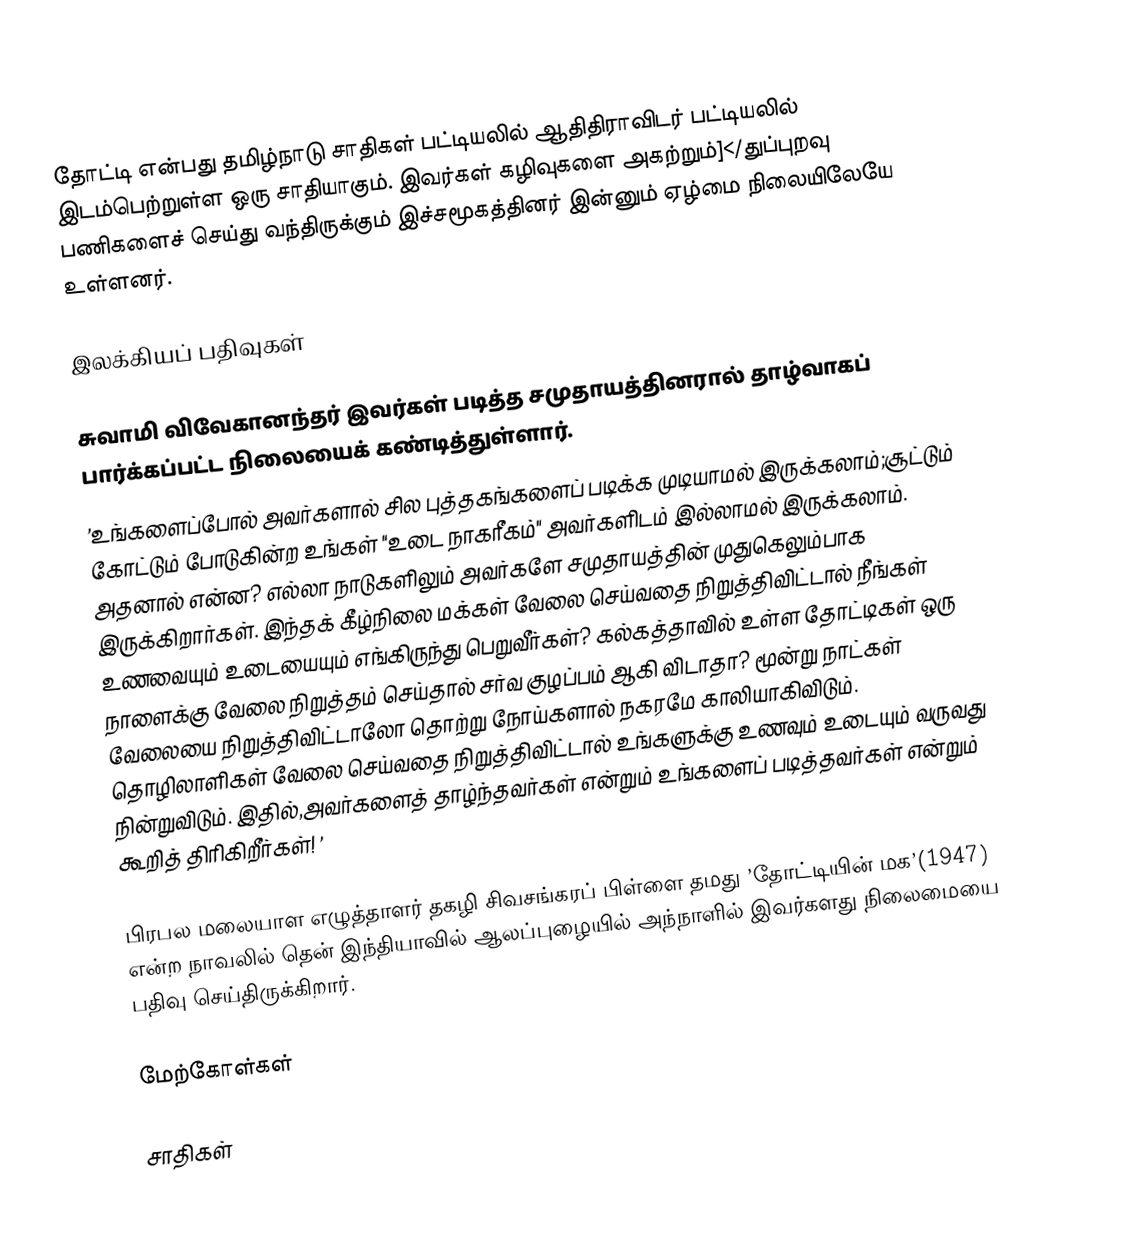
தோட்டி என்பது தமிழ்நாடு சாதிகள் பட்டியலில் ஆதிதிராவிடர் பட்டியலில் இடம்பெற்றுள்ள ஒரு சாதியாகும். இவர்கள் கழிவுகளை அகற்றும்]</துப்புறவு பணிகளைச் செய்து வந்திருக்கும் இச்சமூகத்தினர் இன்னும் ஏழ்மை  நிலையிலேயே உள்ளனர்.

இலக்கியப் பதிவுகள்

 சுவாமி விவேகானந்தர் இவர்கள் படித்த சமுதாயத்தினரால் தாழ்வாகப் பார்க்கப்பட்ட நிலையைக் கண்டித்துள்ளார்.
’உங்களைப்போல் அவர்களால் சில புத்தகங்களைப் படிக்க முடியாமல் இருக்கலாம்;சூட்டும் கோட்டும் போடுகின்ற உங்கள் "உடை நாகரீகம்" அவர்களிடம் இல்லாமல் இருக்கலாம். அதனால் என்ன? எல்லா நாடுகளிலும் அவர்களே சமுதாயத்தின் முதுகெலும்பாக இருக்கிறார்கள். இந்தக் கீழ்நிலை மக்கள் வேலை செய்வதை நிறுத்திவிட்டால் நீங்கள் உணவையும் உடையையும் எங்கிருந்து பெறுவீர்கள்? கல்கத்தாவில் உள்ள தோட்டிகள் ஒரு நாளைக்கு வேலை நிறுத்தம் செய்தால் சர்வ குழப்பம் ஆகி விடாதா? மூன்று நாட்கள் வேலையை நிறுத்திவிட்டாலோ தொற்று நோய்களால் நகரமே காலியாகிவிடும். தொழிலாளிகள் வேலை செய்வதை நிறுத்திவிட்டால் உங்களுக்கு உணவும் உடையும் வருவது நின்றுவிடும். இதில்,அவர்களைத் தாழ்ந்தவர்கள் என்றும் உங்களைப் படித்தவர்கள் என்றும் கூறித் திரிகிறீர்கள்! ’

 பிரபல மலையாள எழுத்தாளர் தகழி சிவசங்கரப் பிள்ளை தமது ’தோட்டியின் மக’(1947) என்ற நாவலில் தென் இந்தியாவில் ஆலப்புழையில் அந்நாளில் இவர்களது நிலைமையை பதிவு செய்திருக்கிறார்.

மேற்கோள்கள்

சாதிகள்